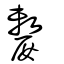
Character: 嫠